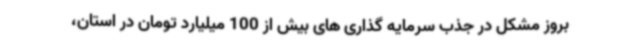
بروز مشکل در جذب سرمایه گذاری های بیش از 100 میلیارد تومان در استان،